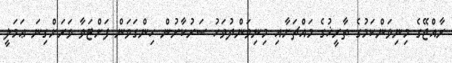
ރާއްޖޭގެ މިނިވަންކަމުގެ ތާރީޚުގެ މައްޗަށާއި މިނިވަންދުވަހު ސަރުކާރުން ހިންގަވަން ފަށްޓަވާ ވަރަށްގިނަ ޢަމަލީ